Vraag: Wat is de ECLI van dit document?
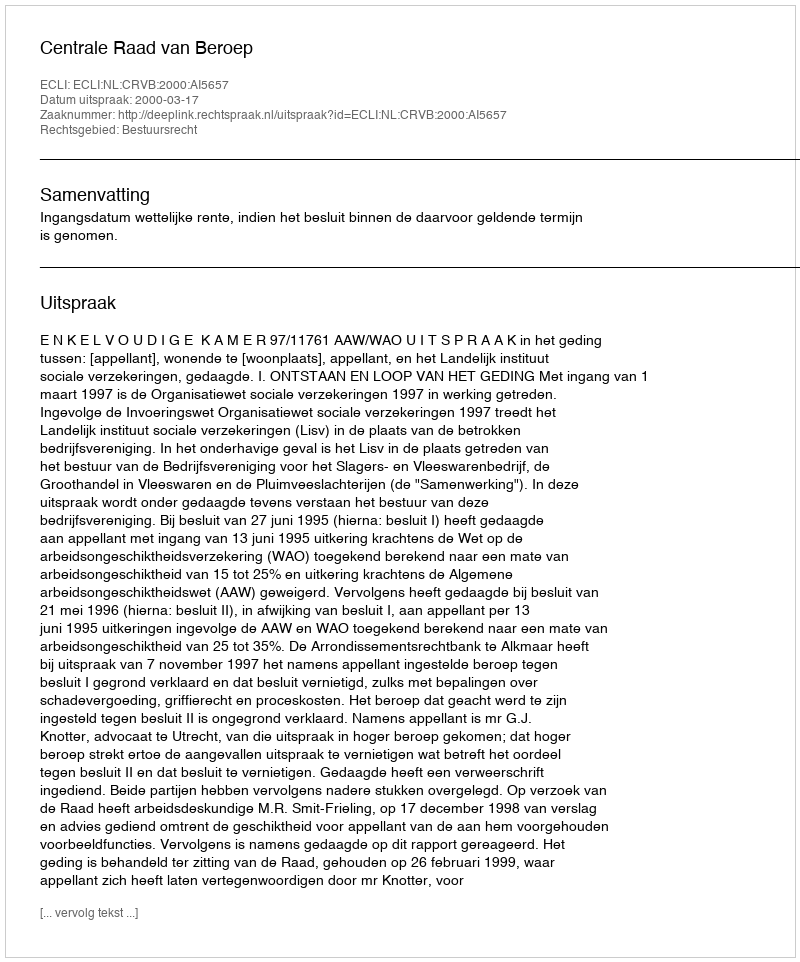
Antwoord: ECLI:NL:CRVB:2000:AI5657